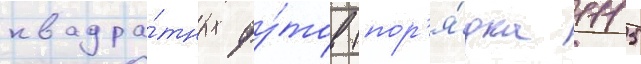
квадра́тных фу́тов (пор'я́дка 1115